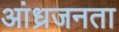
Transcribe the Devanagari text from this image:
आंध्रजनता